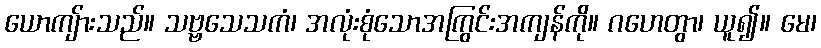
ယောကျ်ားသည်။ သဗ္ဗသေသကံ၊ အလုံးစုံသောအကြွင်းအကျန်ကို။ ဂဟေတွာ၊ ယူ၍။ မေ၊